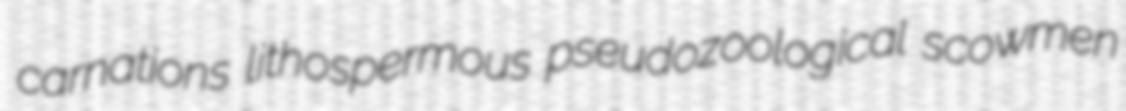
carnations lithospermous pseudozoological scowmen